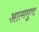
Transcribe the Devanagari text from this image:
आत्ममुग्ध